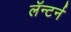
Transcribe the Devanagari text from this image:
लॅन्टर्न